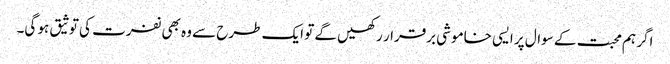
اگر ہم محبت کے سوال پر ایسی خاموشی برقرار رکھیں گے تو ایک طرح سے وہ بھی نفرت کی توثیق ہو گی۔